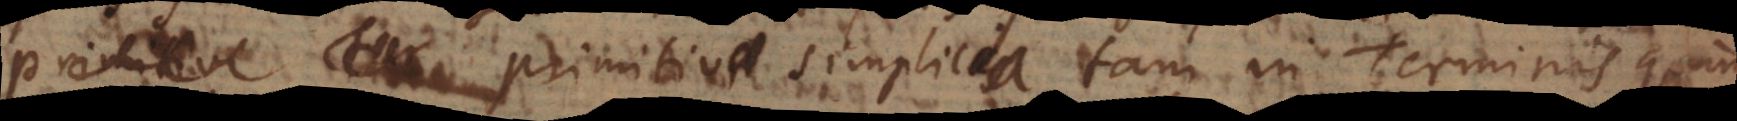
uam primitiva simplicia tam in Terminis quam